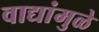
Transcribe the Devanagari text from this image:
वाद्यांमुळे